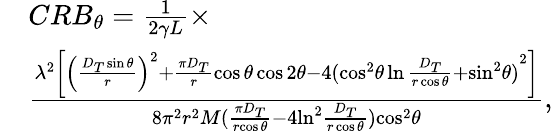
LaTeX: \begin{array}{rl}&{CR{B_{\theta}}=\frac{1}{{2\gamma L}}\times}\\ &{\frac{{{\lambda^{2}}\left[{{{\left({\frac{{{D_{T}}\sin\theta}}{r}}\right)}^{2}}+\frac{{\pi{D_{T}}}}{r}\cos\theta\cos 2\theta-4{{({{{\cos}^{2}}\theta\ln\frac{{{D_{T}}}}{{r\cos\theta}}+{{\sin}^{2}}\theta})}^{2}}}\right]}}{{8{\pi^{2}}{r^{2}}M({\frac{{{\pi D_{T}}}}{r{\cos\theta}}-4{{\ln}^{2}}\frac{{{D_{T}}}}{{r\cos\theta}}}){{\cos}^{2}}\theta}},}\end{array}